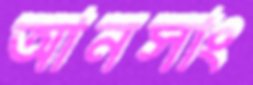
আনসাং